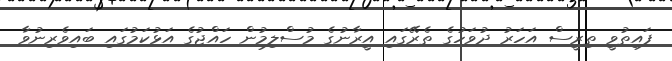
ފައިތުވީ ތިރީސް އަހަރު ދުވަހުގެ ތެރޭގައި އީރާނުގެ މުސްލިމުން ހައްޖުގެ އަޅުކަމުގައި ބައިވެރިނުވާ